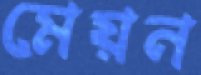
মেয়ন